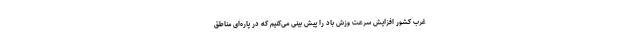
غرب کشور افزایش سرعت وزش باد را پیش بینی می‌کنیم که در پاره‌ای مناطق